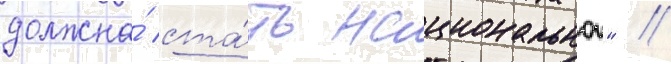
должна́ ста́ть национальнои" //